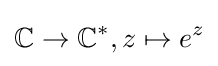
\mathbb {C} \to \mathbb {C} ^{*},z\mapsto e^{z}